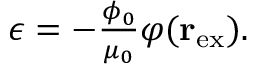
\begin{array} { r } { \epsilon = - \frac { \phi _ { 0 } } { \mu _ { 0 } } \varphi ( { \bf r } _ { \mathrm { e x } } ) . } \end{array}